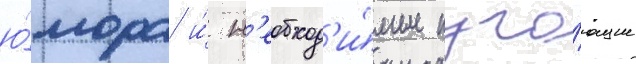
ю́мора и́ н'еобход'и́мые пуга́ющие